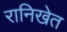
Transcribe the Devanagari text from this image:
रानिखेत